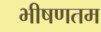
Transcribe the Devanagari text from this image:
भीषणतम